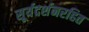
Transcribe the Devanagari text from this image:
सूर्यदर्शनरहित